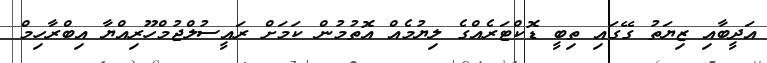
އަދީބާއި ޒިޔަތު ގޭގައި ތިބީ ޑޮކްޓަރެއްގެ ލިޔުމެއް އޮތުމުން ކަމަށް ރައީސުލްޖުމްހޫރިއްޔާ އިބްރާހިމް